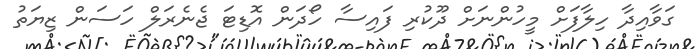
ގަވާއިދާ ހިލާފަށް މީހުންނަށް ދޫކުރި ފައިސާ ހޯދަން އޮޑިޓަ ޖެނެރަލް ހަސަން ޒިޔަތު